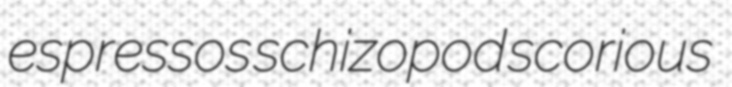
espressos schizopod scorious